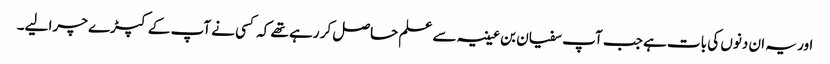
اور یہ ان دنوں کی بات ہے جب آپ سفیان بن عیینہ سے علم حاصل کر رہے تھے کہ کسی نے آپ کے کپڑے چرا لیے۔